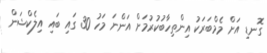
ގޮނޑި އަށް މެމްބަރަކު އިންތިހާބުކުރުމަށް އަންނަ މަހު 30 ގައި ބައި އިލެކްޝަން